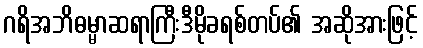
ဂရိအဘိဓမ္မာဆရာကြီးဒီမိုခရစ်တပ်၏ အဆိုအားဖြင့်